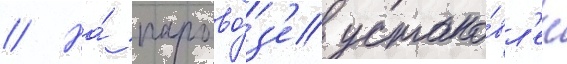
// На́ парово́з'е устано́вл'ен